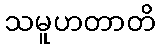
သမူဟတာတိ